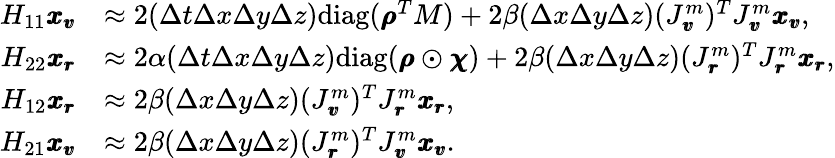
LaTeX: \begin{array}{rl}{H_{11}\pmb{x_{v}}}&{\approx 2(\Delta t\Delta x\Delta y\Delta z)\mathrm{diag}(\pmb{\rho}^{T}M)+2\beta(\Delta x\Delta y\Delta z)(J_{\pmb{v}}^{m})^{T}J_{\pmb{v}}^{m}\pmb{x_{v}},}\\ {H_{22}\pmb{x_{r}}}&{\approx 2\alpha(\Delta t\Delta x\Delta y\Delta z)\mathrm{diag}(\pmb{\rho}\odot\pmb{\chi})+2\beta(\Delta x\Delta y\Delta z)(J_{\pmb{r}}^{m})^{T}J_{\pmb{r}}^{m}\pmb{x_{r}},}\\ {H_{12}\pmb{x_{r}}}&{\approx 2\beta(\Delta x\Delta y\Delta z)(J_{\pmb{v}}^{m})^{T}J_{\pmb{r}}^{m}\pmb{x_{r}},}\\ {H_{21}\pmb{x_{v}}}&{\approx 2\beta(\Delta x\Delta y\Delta z)(J_{\pmb{r}}^{m})^{T}J_{\pmb{v}}^{m}\pmb{x_{v}}.}\end{array}